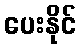
ပေးနိုင်